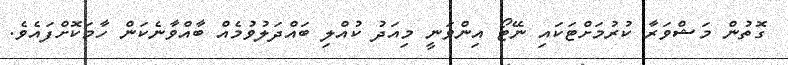
ގޮތުން މަޝްވަރާ ކުރުމަށްޓަކައި ނޭޓޯ އިންވަނީ މިއަދު ކުއްލި ބައްދަލުވުމެއް ބާއްވާނެކަން ހާމަކޮށްފައެވެ.